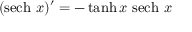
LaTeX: ( \operatorname { s e c h } \, x ) ^ { \prime } = - \operatorname { t a n h } x \, \operatorname { s e c h } \, x